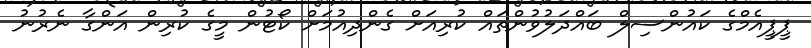
ޕީޕީއެމްގެ ކައުންސިލް ބައްދަލުވުންތައް ކުރިއަށް ގެންދިއުމަށް ކޯޓުން މީގެ ކުރިން އަންގާ ނެރުނު